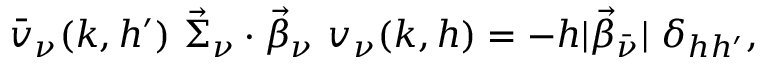
\bar { v } _ { \nu } ( k , h ^ { \prime } ) ~ \vec { \Sigma } _ { \nu } \cdot \vec { \beta } _ { \nu } ~ v _ { \nu } ( k , h ) = - h | \vec { \beta } _ { \bar { \nu } } | ~ \delta _ { h h ^ { \prime } } ,